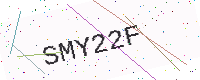
Text: SMY22F